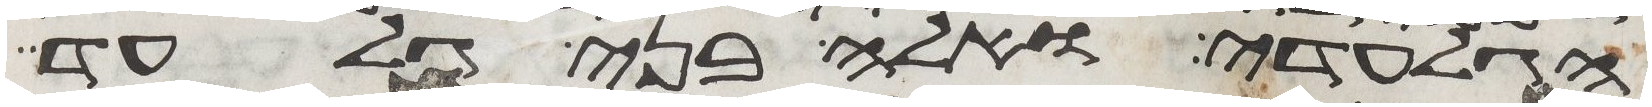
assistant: הגלעדי אלה בני גלעד